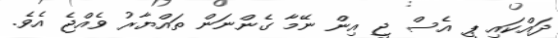
ދައްކައި ޕީ އެސް ޖީ އިން ނޭމާ ގެންނަން ތައްޔާރު ވެއްޖެ އެވެ.